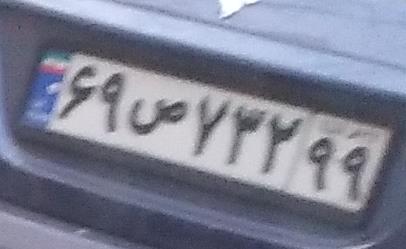
۶۹ص۷۳۲۹۹